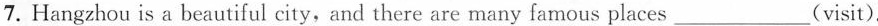
7. Hangzhou is a beautiful city,and there are many famous places___(visit).